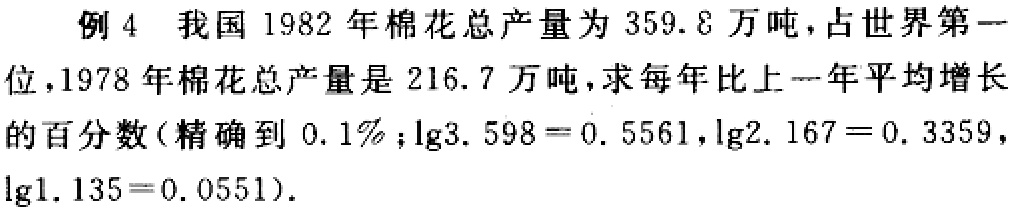
例4 我国1982年棉花总产量为359.8万吨，占世界第一位，1978年棉花总产量是216.7万吨，求每年比上一年平均增长的百分数（精确到0.1%；$\lg3.598 = 0.5561$，$\lg2.167 = 0.3359$，$\lg1.135 = 0.0551$）.